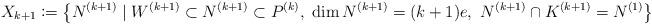
LaTeX: \begin{align*} X_{k+1}\coloneqq \left\{N^{(k+1)}\mid W^{(k+1)}\subset N^{(k+1)} \subset P^{(k)},\ \dim N^{(k+1)} = (k+1)e,\ N^{(k+1)}\cap K^{(k+1)} = N^{(1)} \right\}\end{align*}